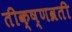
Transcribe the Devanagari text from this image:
तीक्ष्णव्रती